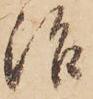
治